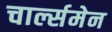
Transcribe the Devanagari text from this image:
चार्ल्समेन